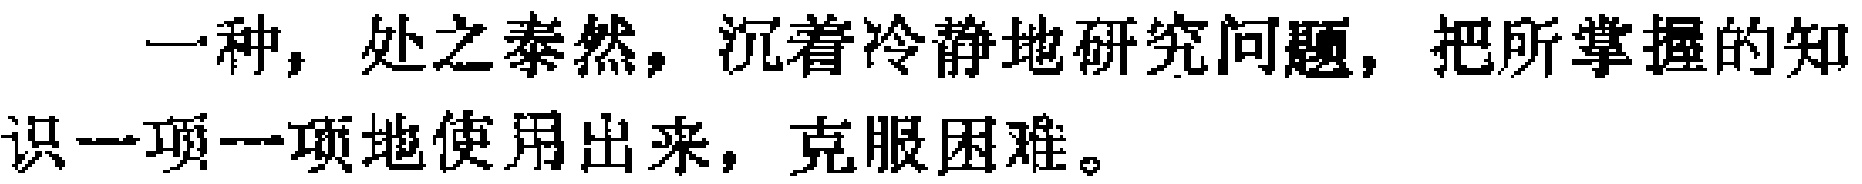
一种，处之泰然，沉着冷静地研究问题，把所掌握的知识一项一项地使用出来，克服困难。